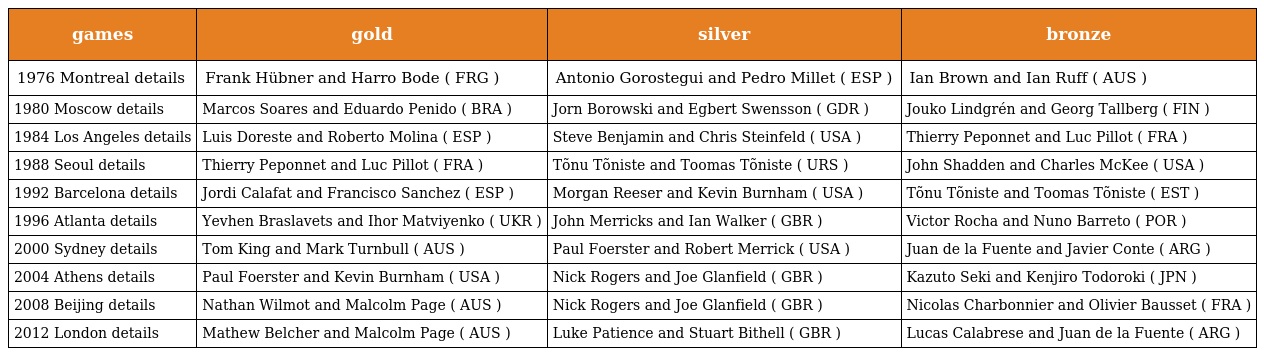
| games | gold | silver | bronze |
 | --- | --- | --- | --- |
 | 1976 Montreal details | Frank Hübner and Harro Bode ( FRG ) | Antonio Gorostegui and Pedro Millet ( ESP ) | Ian Brown and Ian Ruff ( AUS ) |
 | 1980 Moscow details | Marcos Soares and Eduardo Penido ( BRA ) | Jorn Borowski and Egbert Swensson ( GDR ) | Jouko Lindgrén and Georg Tallberg ( FIN ) |
 | 1984 Los Angeles details | Luis Doreste and Roberto Molina ( ESP ) | Steve Benjamin and Chris Steinfeld ( USA ) | Thierry Peponnet and Luc Pillot ( FRA ) |
 | 1988 Seoul details | Thierry Peponnet and Luc Pillot ( FRA ) | Tõnu Tõniste and Toomas Tõniste ( URS ) | John Shadden and Charles McKee ( USA ) |
 | 1992 Barcelona details | Jordi Calafat and Francisco Sanchez ( ESP ) | Morgan Reeser and Kevin Burnham ( USA ) | Tõnu Tõniste and Toomas Tõniste ( EST ) |
 | 1996 Atlanta details | Yevhen Braslavets and Ihor Matviyenko ( UKR ) | John Merricks and Ian Walker ( GBR ) | Victor Rocha and Nuno Barreto ( POR ) |
 | 2000 Sydney details | Tom King and Mark Turnbull ( AUS ) | Paul Foerster and Robert Merrick ( USA ) | Juan de la Fuente and Javier Conte ( ARG ) |
 | 2004 Athens details | Paul Foerster and Kevin Burnham ( USA ) | Nick Rogers and Joe Glanfield ( GBR ) | Kazuto Seki and Kenjiro Todoroki ( JPN ) |
 | 2008 Beijing details | Nathan Wilmot and Malcolm Page ( AUS ) | Nick Rogers and Joe Glanfield ( GBR ) | Nicolas Charbonnier and Olivier Bausset ( FRA ) |
 | 2012 London details | Mathew Belcher and Malcolm Page ( AUS ) | Luke Patience and Stuart Bithell ( GBR ) | Lucas Calabrese and Juan de la Fuente ( ARG ) |